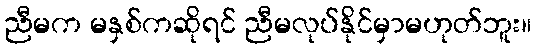
ညီမက မနှစ်ကဆိုရင် ညီမလုပ်နိုင်မှာမဟုတ်ဘူး။